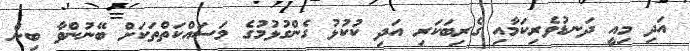
އަދި މިއީ ދަނޑުވެރިކަމާއި ގެރިބަކަރި އަދި ކުކުޅު ގެންގުޅުމުގެ މަސައްކަތްތަކަށް ބޭނުންވާ ބިން